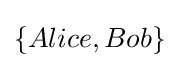
\{Alice,Bob\}